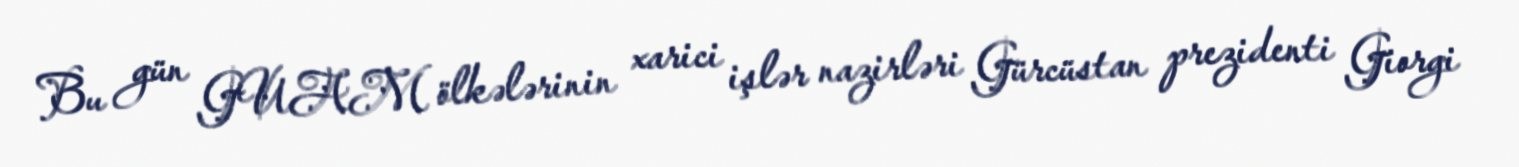
Bu gün GUAM ölkələrinin xarici işlər nazirləri Gürcüstan prezidenti Giorgi